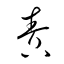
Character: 責